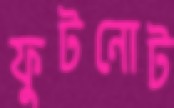
ফুটনোট